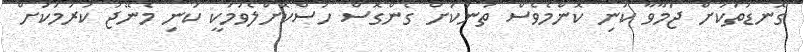
ގޮނޑުތަކަށް ޖަމާވާ ކުނި ކޮންމެވެސް ތަނަކަށް ގެންގޮސް ހުސްކޮށްލެވުމަކީ ކުނި މެނޭޖު ކުރުމަކަށް